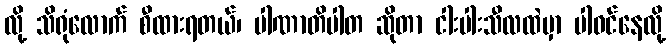
လို့ သိရုံလောက် စီထားရတယ်၊ ပါဏာတိပါတ ဆိုတာ ငါးပါးသီလထဲမှာ ပါဝင်နေလို့